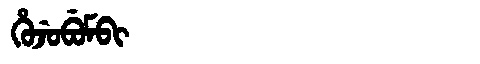
Manchu: ᡥᡠᠵᡠᠪᡠᠮᠪᡳ
Romanization: HUJUBUMBI